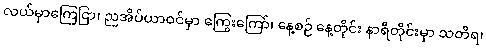
လယ်မှာကြေငြာ၊ ညအိပ်ယာဝင်မှာ ကြွေးကြော်၊ နေ့စဉ် နေ့တိုင်း နာရီတိုင်းမှာ သတိရ၊